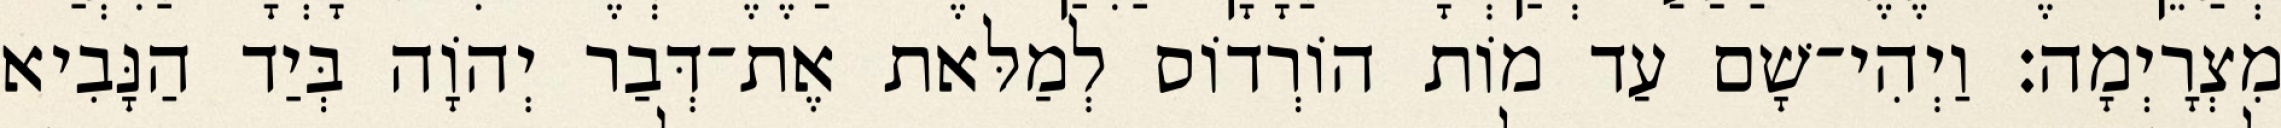
מִצְרָיְמָה׃ וַיְהִי־שָׁם עַד מוֹת הוֹרְדוֹס לְמַלּאת אֶת־דְּבַר יְהוָֹה בְּיַד הַנָּבִיא